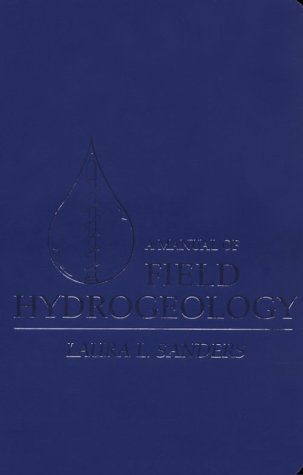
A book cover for Manual of Field Hydrogeology, A; Laura L. Sanders; Science & Math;